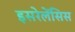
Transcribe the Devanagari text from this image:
इसरेलेंसिस